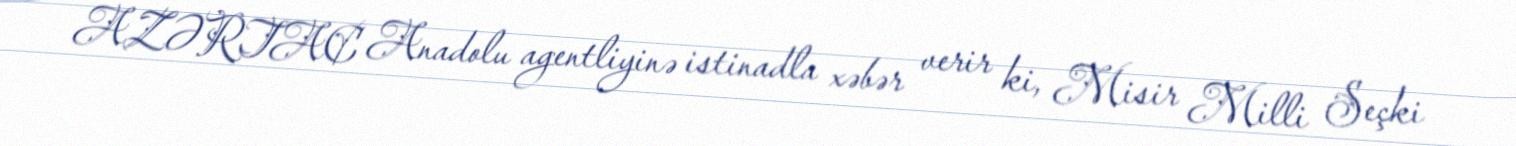
AZƏRTAC Anadolu agentliyinə istinadla xəbər verir ki, Misir Milli Seçki